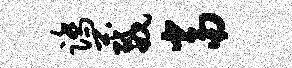
踏葳当